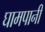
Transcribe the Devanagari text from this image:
घामपानी